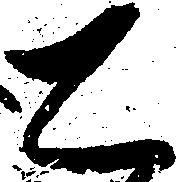
は